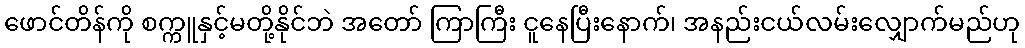
ဖောင်တိန်ကို စက္ကူနှင့်မတို့နိုင်ဘဲ အတော် ကြာကြီး ငူနေပြီးနောက်၊ အနည်းငယ်လမ်းလျှောက်မည်ဟု